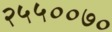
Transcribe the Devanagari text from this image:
२५५००७०